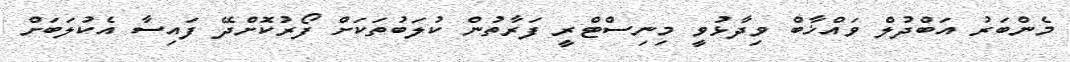
މެންބަރު އަބްދުލް ވައްޚާބް ވިދާޅުވީ މިނިސްޓްރީ ފަރާތުން ކުލަބުތަކަށް ފޯރުކޮށްދޭ ފައިސާ އެކުލަބަށް